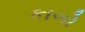
કાળો